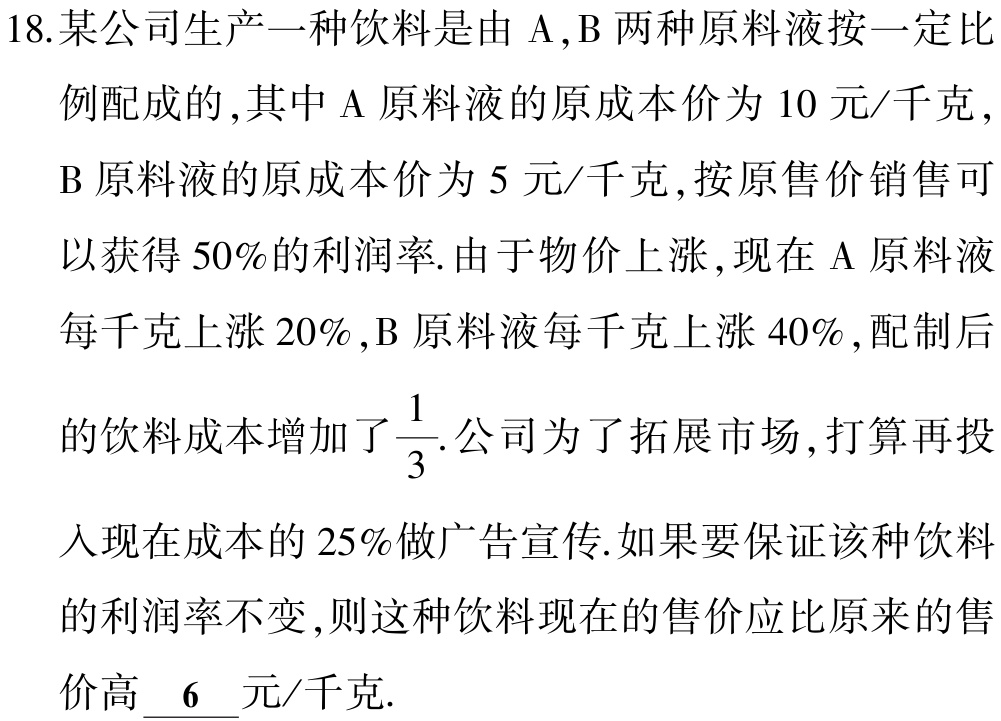
18.某公司生产一种饮料是由$\mathrm{A},\mathrm{B}$两种原料液按一定比例配成的,其中$\mathrm{A}$原料液的原成本价为$10$元/千克,$\mathrm{B}$原料液的原成本价为$5$元/千克,按原售价销售可以获得$50\%$的利润率.由于物价上涨,现在$\mathrm{A}$原料液每千克上涨$20\%$,$\mathrm{B}$原料液每千克上涨$40\%$,配制后的饮料成本增加了$\frac{1}{3}$.公司为了拓展市场,打算再投入现在成本的$25\%$做广告宣传.如果要保证该种饮料的利润率不变,则这种饮料现在的售价应比原来的售价高$\underline{6}$元/千克.